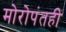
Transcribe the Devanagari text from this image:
मोरोपंतही